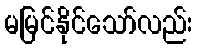
မမြင်နိုင်သော်လည်း